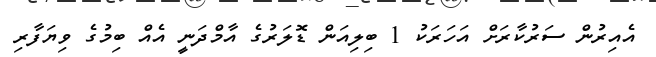
އެއިރުން ސަރުކާރަށް އަހަރަކު 1 ބިލިއަން ޑޮލަރުގެ އާމްދަނީ އެއް ބިމުގެ ވިޔަފާރި